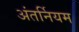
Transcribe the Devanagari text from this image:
अंतर्नियम